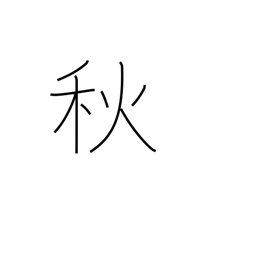
Meaning: autumn